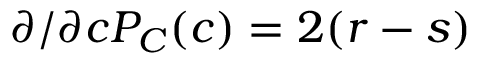
\partial / \partial c P _ { C } ( c ) = 2 ( r - s )